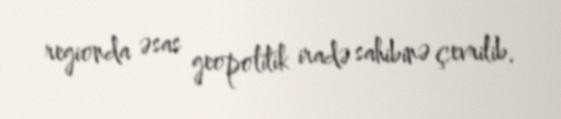
regionda əsas geopolitik iradə sahibinə çevrilib.